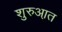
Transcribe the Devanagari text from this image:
शुरुआ़त